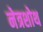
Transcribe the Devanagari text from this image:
नेत्रशोथ